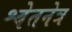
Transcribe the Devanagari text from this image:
श्वेतनेत्र